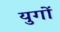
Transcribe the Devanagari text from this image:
युगाें